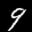
Label: 9